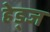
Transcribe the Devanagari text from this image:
हेड्ज